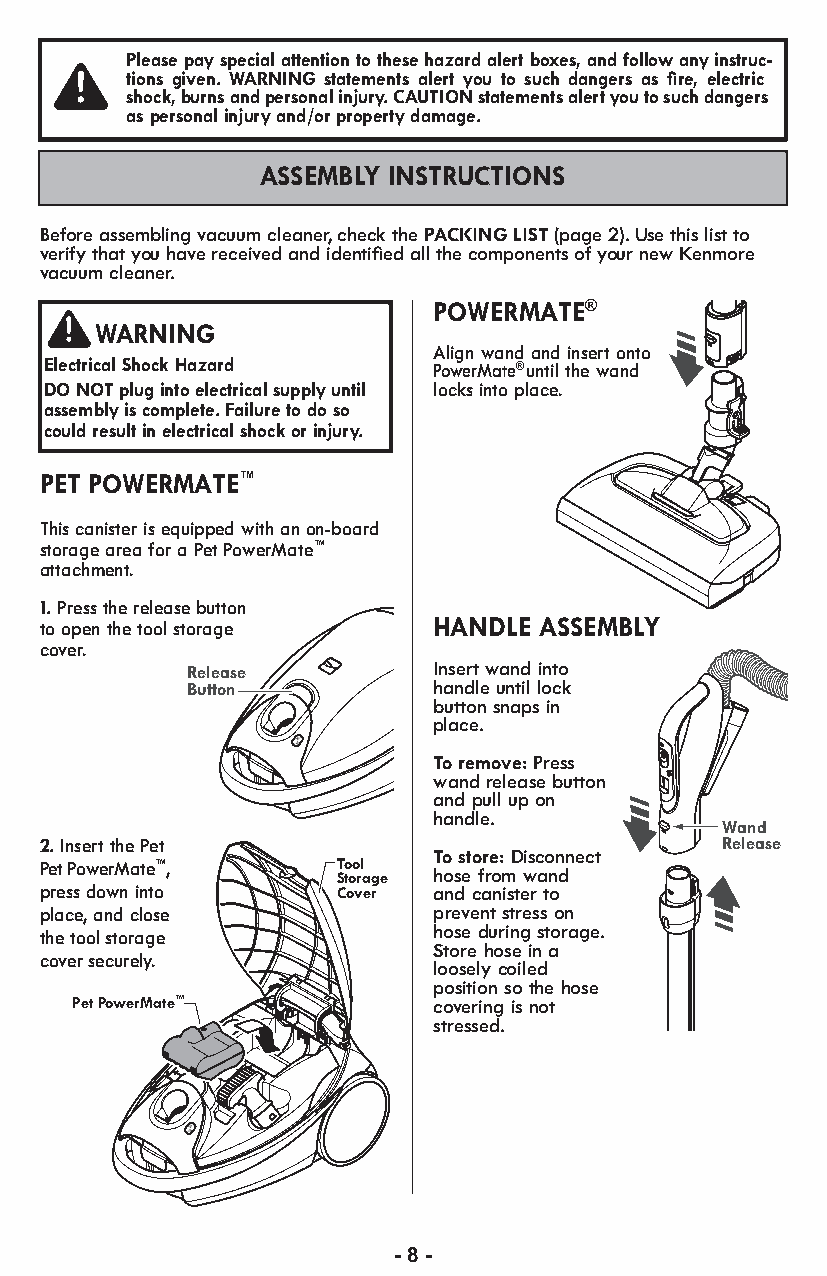
Please pay special attention to these hazard alert boxes, and follow any instruc-
 tions given. WARNING statements alert you to such dangers as fire, electric
 shock, burns and personal injury. CAUTION statements alert you to such dangers
 as personal injury and/or property damage.
 ASSEMBLY INSTRUCTIONS
 Before assembling vacuum cleaner, check the PACKING LIST(page 2).Use this list to
 verify that you have received and identified all the components of your new Kenmore
 vacuum cleaner.
 POWERMATE®
 WARNING
 Align wand and insert onto
 Electrical Shock Hazard
 PowerMate® until the wand
 DO NOT plug into electrical supply until locks into place.
 assembly is complete. Failure to do so
 could result in electrical shock or injury.
 PET POWERMATE™
 This canister is equipped with an on-board
 storage area for a Pet PowerMate™
 attachment.
 1. Press the release button
 to open the tool storage  HANDLE ASSEMBLY
 cover.
 Release          Insert wand into
 Button           handle until lock
 button snaps in
 place.
 To remove: Press
 wand release button
 and pull up on
 handle.
 Wand
 2. Insert the Pet                            Release
 To store: Disconnect
 Pet PowerMate™,    Tool
 Storage hose from wand
 press down into    Cover  and canister to
 place, and close          prevent stress on
 the tool storage          hose during storage.
 Store hose in a
 cover securely.
 loosely coiled
 position so the hose
 Pet PowerMate™          covering is not
 stressed.
 - 8 -